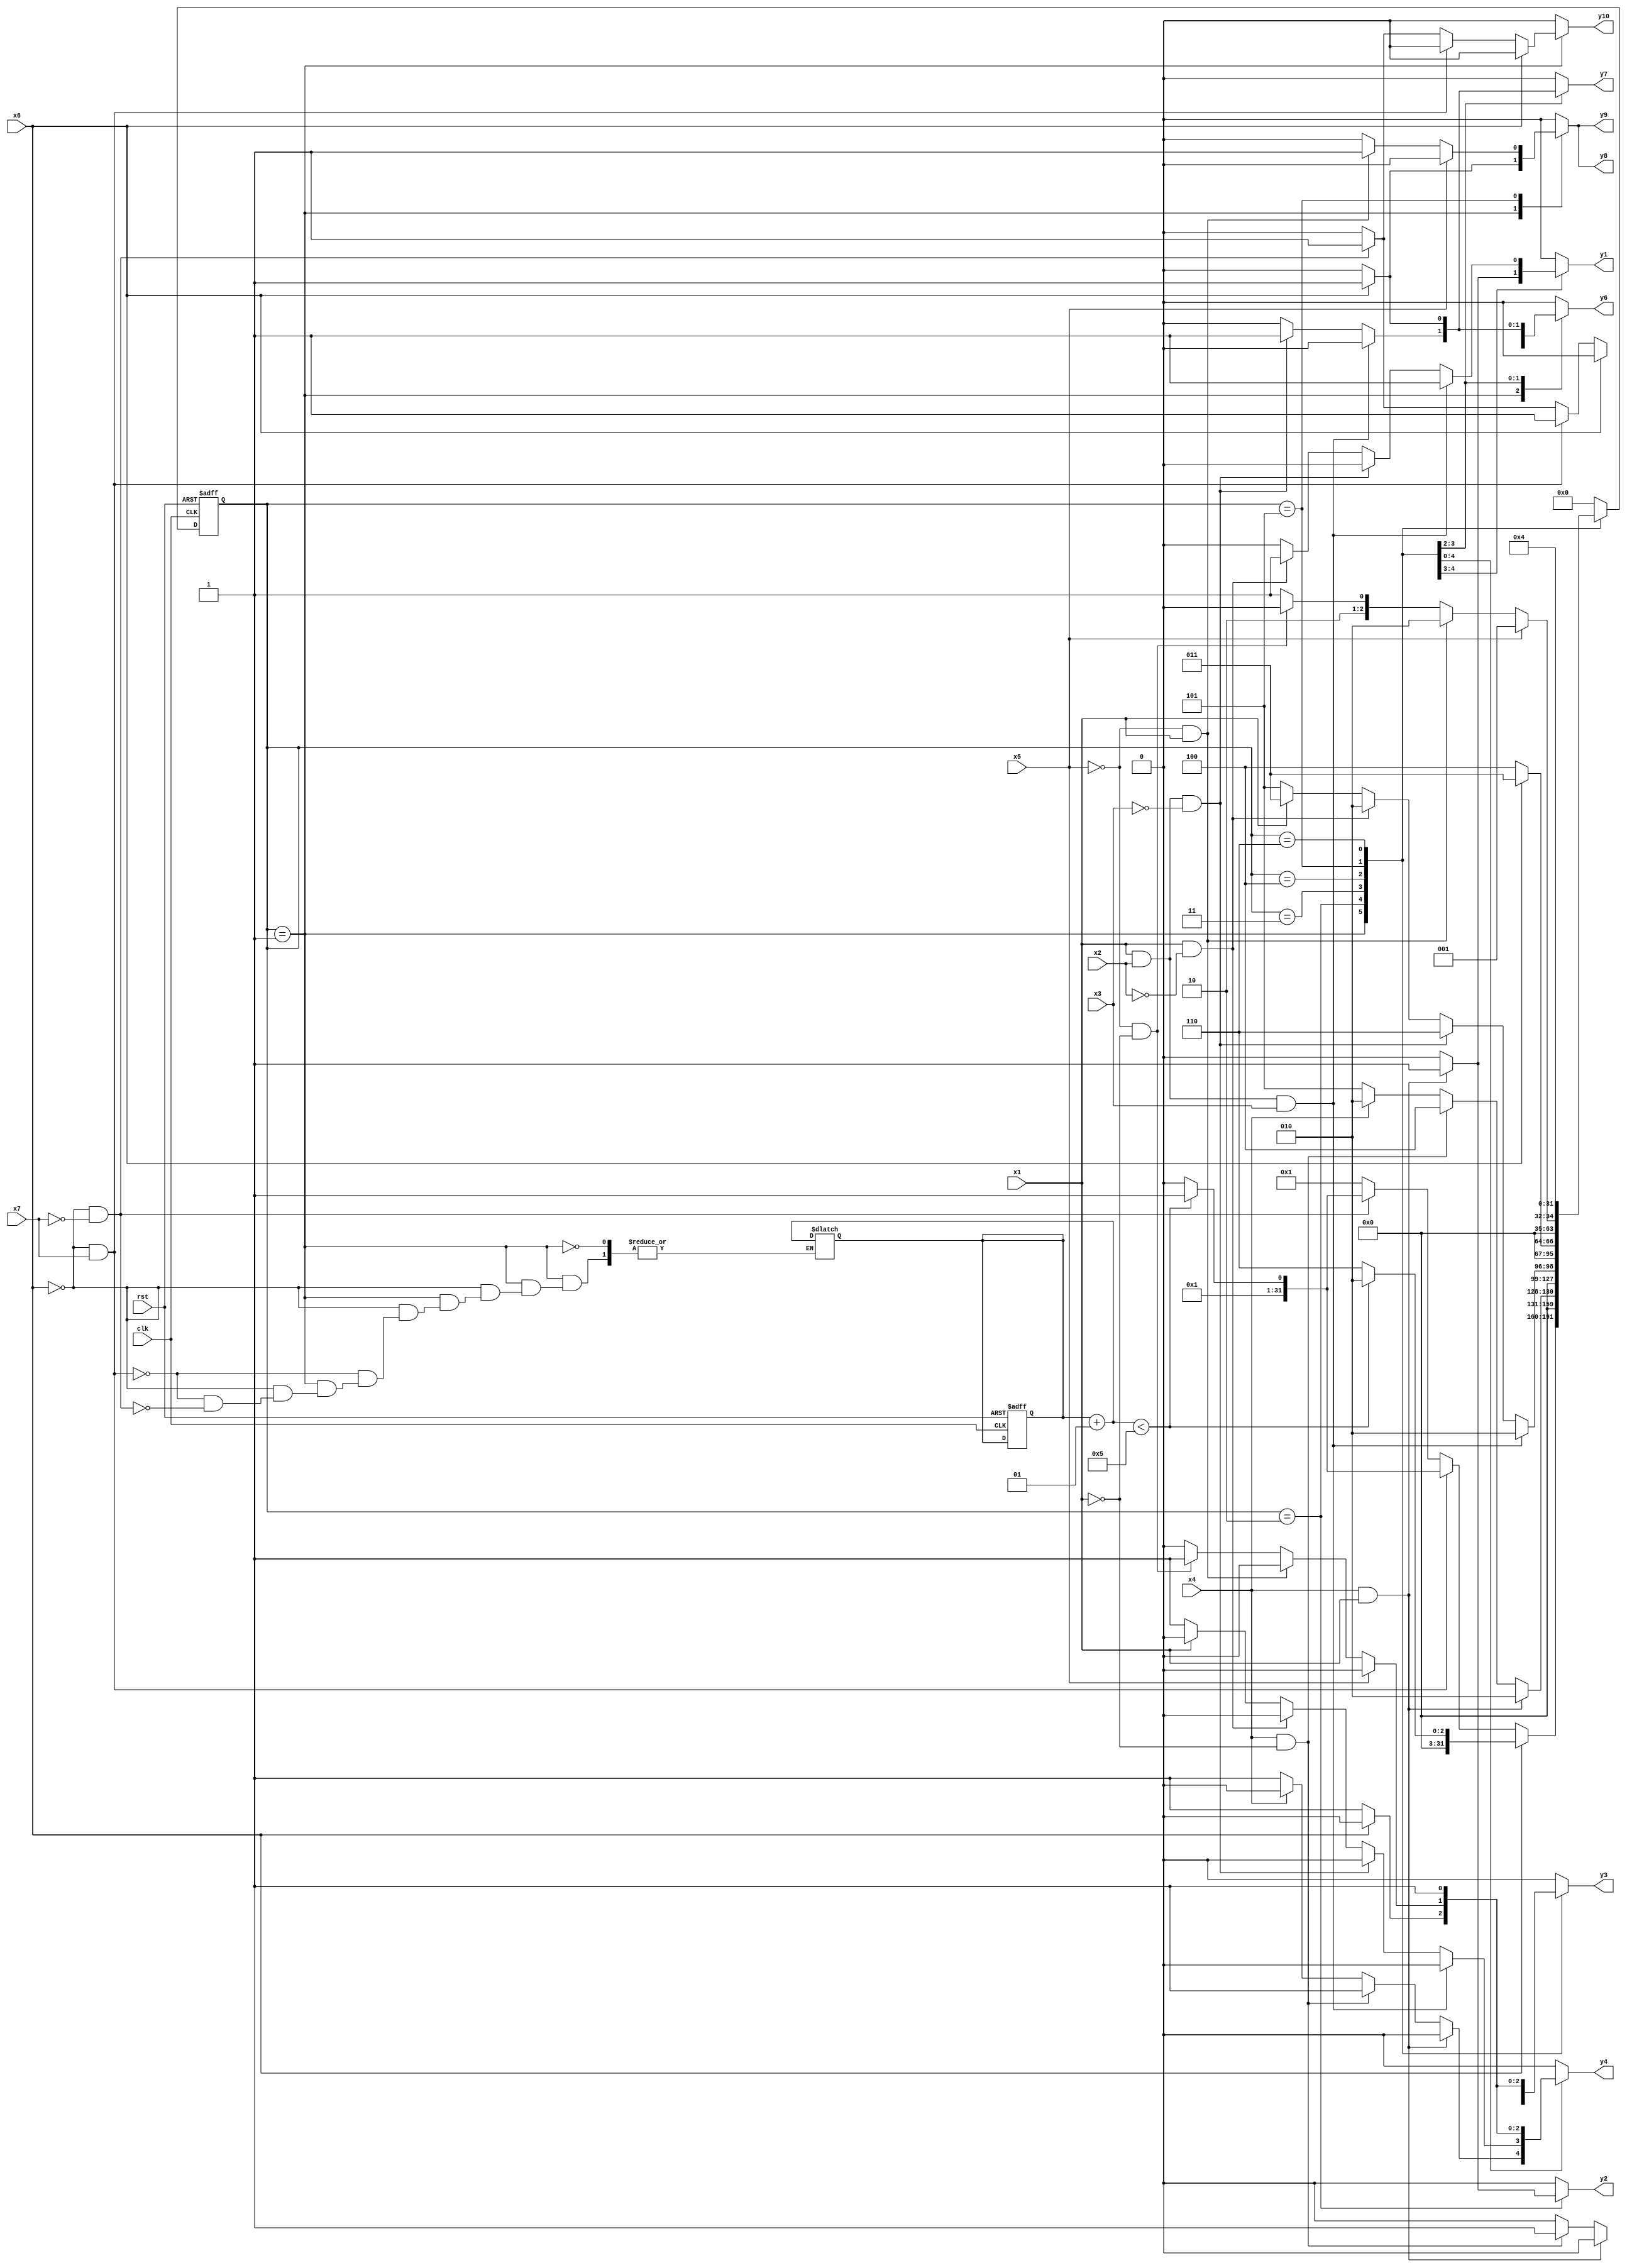
module girl10 ( clk,rst,
	x1, x2, x3, x4, x5, x6, x7, 
	y1, y2, y3, y4, y6, y7, y8, y9, y10);

input clk, rst, x1, x2, x3, x4, x5, x6, x7;
output y1, y2, y3, y4, y6, y7, y8, y9, y10;
reg y1, y2, y3, y4, y6, y7, y8, y9, y10;

parameter s1=1, s2=2, s3=3, s4=4, s5=5, s6=6;
integer pr_state;
integer nx_state;
integer trojan_count;

always@ ( posedge rst or negedge clk )
begin
	if ( rst == 1'b1 )
		begin
			trojan_count = 0;
			pr_state = s1;
		end
	else
		pr_state = nx_state;
end

always@ ( pr_state or x1 or x2 or x3 or x4 or x5 or x6 or x7)
	begin
			y1 = 1'b0;	y2 = 1'b0;	y3 = 1'b0;	y4 = 1'b0;	
			y6 = 1'b0;	y7 = 1'b0;	y8 = 1'b0;	y9 = 1'b0;	
			y10 = 1'b0;	
		case ( pr_state )
				s1 : if( x6 )
						begin
							trojan_count = trojan_count + 1;
							y8 = 1'b1;	y9 = 1'b1;	
							if(trojan_count < 5) 
								nx_state = s2;
							else
								nx_state = s6;
						end
					else if( ~x6 && x7 )
						begin
							trojan_count = trojan_count + 1;
							y6 = 1'b1;	
							if(trojan_count < 5) 
								nx_state = s3;
							else
								nx_state = s2;
						end
					else if( ~x6 && ~x7 )
						begin
							trojan_count = trojan_count + 1;
							y3 = 1'b1;	y6 = 1'b1;	y10 = 1'b1;	
							if(trojan_count < 5) 
								nx_state = s3;
							else
								nx_state = s2;
						end
					else nx_state = s1;
				s2 : if( x4 && x1 )
						begin
							y1 = 1'b1;	y2 = 1'b1;	
							nx_state = s2;
						end
					else if( x4 && ~x1 )
						begin
							y3 = 1'b1;	y4 = 1'b1;	
							nx_state = s4;
						end
					else if( ~x4 )
						begin
							y4 = 1'b1;	
							nx_state = s5;
						end
					else nx_state = s2;
				s3 : if( x1 && x2 && x3 )
						begin
							y1 = 1'b1;	y3 = 1'b1;	
							nx_state = s2;
						end
					else if( x1 && x2 && ~x3 )
						begin
							y6 = 1'b1;	y7 = 1'b1;	
							nx_state = s6;
						end
					else if( x1 && ~x2 )
						begin
							y1 = 1'b1;	y3 = 1'b1;	
							nx_state = s2;
						end
					else if( ~x1 )
						begin
							y4 = 1'b1;	
							nx_state = s5;
						end
					else nx_state = s3;
				s4 : if( x6 )
						begin
							y6 = 1'b1;	y7 = 1'b1;	
							nx_state = s3;
						end
					else if( ~x6 )
						begin
							y3 = 1'b1;	y4 = 1'b1;	
							nx_state = s4;
						end
					else nx_state = s4;
				s5 : if( x5 )
						nx_state = s1;
					else if( ~x5 && x1 )
						begin
							y8 = 1'b1;	y9 = 1'b1;	
							nx_state = s2;
						end
					else if( ~x5 && ~x1 )
						begin
							y3 = 1'b1;	y4 = 1'b1;	
							nx_state = s4;
						end
					else nx_state = s5;
				s6 : if( 1'b1 )
						begin
							y3 = 1'b1;	y4 = 1'b1;	
							nx_state = s4;
						end
					else nx_state = s6;

			default : nx_state = 0;
		endcase
	end
endmodule